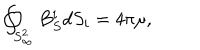
\oint _ { S _ { \infty } ^ { 2 } } B _ { S } ^ { i } d S _ { i } = 4 \pi \mu ,